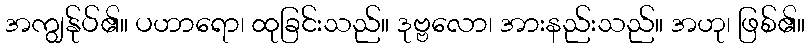
အကျွန်ုပ်၏။ ပဟာရော၊ ထုခြင်းသည်။ ဒုဗ္ဗလော၊ အားနည်းသည်။ အဟု၊ ဖြစ်၏။